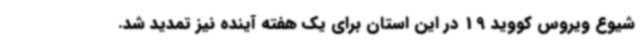
شیوع ویروس کووید 19 در این استان برای یک هفته آینده نیز تمدید شد.